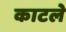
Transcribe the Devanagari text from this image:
काटले